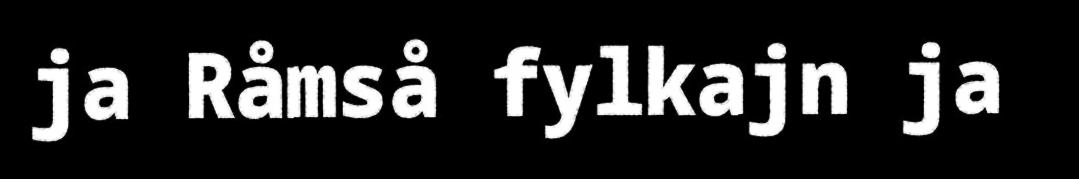
ja Råmså fylkajn ja